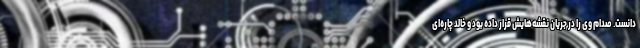
دانست. صدام وی را در جریان نقشه‌هایش قرار داده بود و خالد چاره‌ای